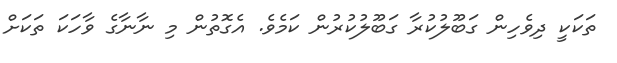
ތަކަކީ ދިވެހިން ގަބޫލުކުރާ ގަބޫލުކުރުން ކަމެވެ. އެގޮތުން މި ނާނާގެ ވާހަކަ ތަކަށް